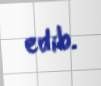
edib.